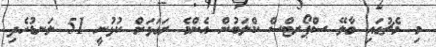
މި މެޗުގައި މާލޭ ސްޕޯރޓްސް ކްލަބުން އެންމެ ރަގަޅަށް ކުޅުނީ 51 ލަނޑުހެދި